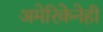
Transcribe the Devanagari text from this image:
अमेरिकेनेही